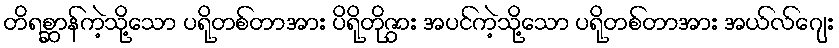
တိရစ္ဆာန်ကဲ့သို့သော ပရိုတစ်တာအား ပိရိုတိုဇွား အပင်ကဲ့သို့သော ပရိုတစ်တာအား အယ်လ်ဂျေး